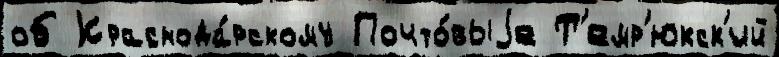
об Краснода́рскому Почто́выjе Т'емр'юкск'ий